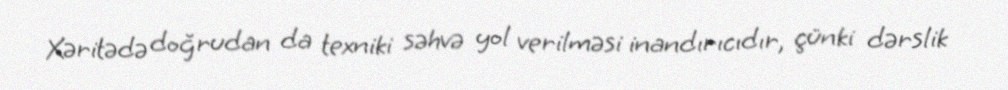
Xəritədə doğrudan da texniki səhvə yol verilməsi inandırıcıdır, çünki dərslik